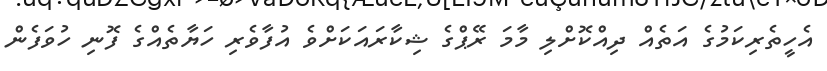
އެހީތެރިކަމުގެ އަތެއް ދިއްކޮށްލި މާމަ ރޭޕްގެ ޝިކާރައަކަށްވެ އުފާވެރި ހަޔާތެއްގެ ފޮނި ހުވަފެން